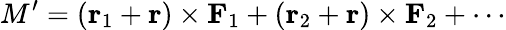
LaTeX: M^{\prime}=(\mathbf{r}_{1}+\mathbf{r})\times\mathbf{F}_{1}+(\mathbf{r}_{2}+\mathbf{r})\times\mathbf{F}_{2}+\cdots